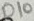
Text: D10